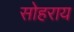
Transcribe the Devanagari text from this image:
सोहराय